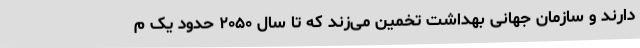
دارند و سازمان جهانی بهداشت تخمین می‌زند که تا سال ۲۰۵۰ حدود یک م